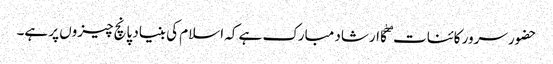
حضور سرور کائنات ۖکا ارشاد مبارک ہے کہ اسلام کی بنیاد پانچ چیزوں پر ہے۔